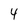
Character: 4